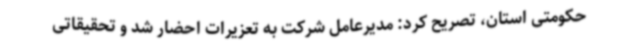
حکومتی استان، تصریح کرد: مدیرعامل شرکت به تعزیرات احضار شد و تحقیقاتی